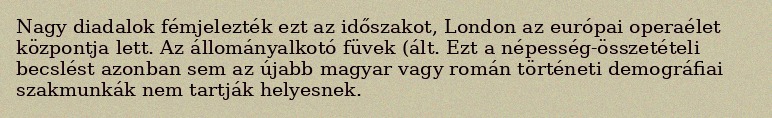
Nagy diadalok fémjelezték ezt az időszakot, London az európai operaélet központja lett. Az állományalkotó füvek (ált. Ezt a népesség-összetételi becslést azonban sem az újabb magyar vagy román történeti demográfiai szakmunkák nem tartják helyesnek.